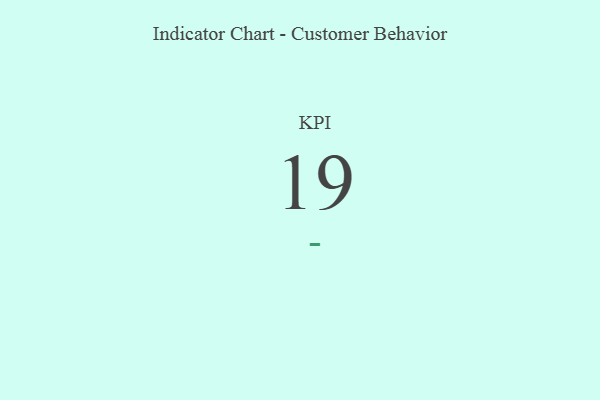
{"axis": {"x": "KPI", "y": "Value"}, "legend": [""], "data": [{"x": "KPI", "y": 19, "type": ""}]}